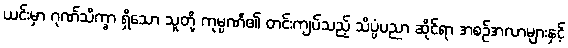
ယင်းမှာ ဂုဏ်သိက္ခာ ရှိသော သူတို့ ကုမ္ပဏီ၏ တင်းကျပ်သည့် သိပ္ပံပညာ ဆိုင်ရာ အစဉ်အလာများနှင့်